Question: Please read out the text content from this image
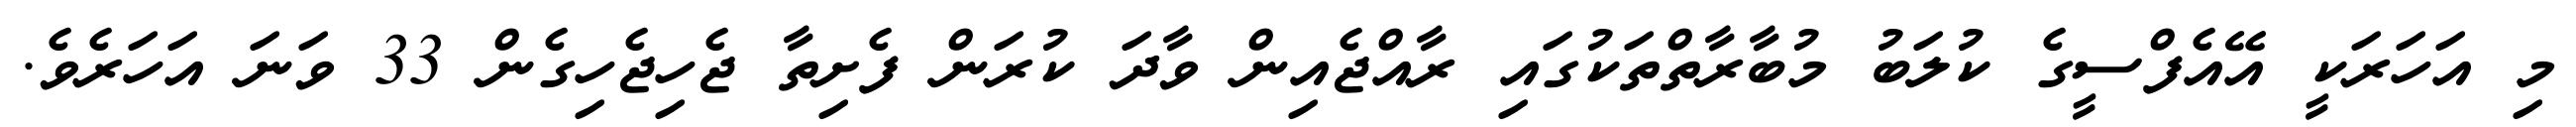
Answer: މި އަހަރަކީ އޭއެފްސީގެ ކުލަބު މުބާރާތްތަކުގައި ރާއްޖެއިން ވާދަ ކުރަން ފެށިތާ ޖެހިޖެހިގެން 33 ވަނަ އަހަރެވެ.